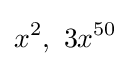
x^{2},\ 3x^{50}